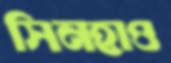
সিনহাও